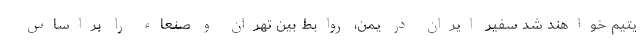
یتیم خواهند شد سفیر ایران در یمن، روابط بین تهران و صنعاء را براساس